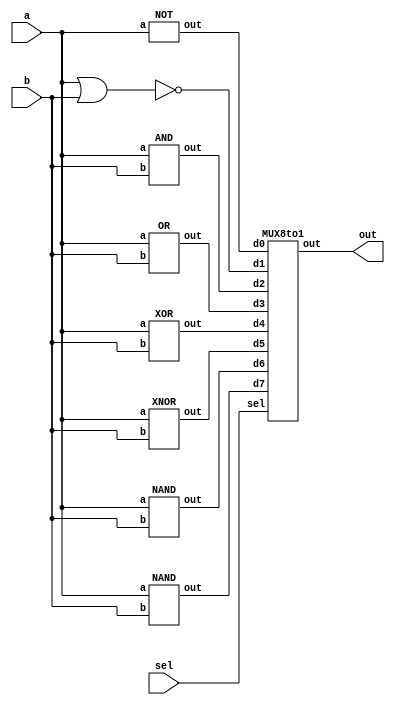
`timescale 1ns/1ps

module NOR_Implement(a, b, sel, out);
input a, b;
input [3-1:0] sel;
output out;
wire [7:0] d;

NOT g0(
    .out (d[0]), 
    .a (a)
    );

nor g1 (d[1], a, b);

AND g2(
    .out (d[2]), 
    .a (a), 
    .b (b)
    );

OR g3(
    .out (d[3]), 
    .a (a), 
    .b (b)
    );
    
XOR g4(
    .out (d[4]), 
    .a (a), 
    .b (b)
    );

XNOR g5(
    .out (d[5]), 
    .a (a), 
    .b (b)
    );

NAND g6(
    .out (d[6]), 
    .a (a), 
    .b (b)
    );

NAND g7(
    .out (d[7]), 
    .a (a), 
    .b (b)
    );
    
MUX8to1 ans(
    .out (out), 
    .d0 (d[0]), 
    .d1 (d[1]), 
    .d2 (d[2]), 
    .d3 (d[3]), 
    .d4 (d[4]), 
    .d5 (d[5]), 
    .d6 (d[6]), 
    .d7 (d[7]), 
    .sel (sel)
    );


endmodule

module NOT(out, a);
input a;
output out;

nor ans (out, a, a);

endmodule

module OR(out, a, b);
input a, b;
output out;
wire w;

nor nor1 (w, a, b);
nor nor2 (out, w, w);

endmodule

module AND(out, a, b);
input a, b;
output out;
wire wa, wb;

nor nor_a (wa, a, a);
nor nor_b (wb, b, b);
nor ans (out, wa, wb);

endmodule

module NAND(out, a, b);
input a, b;
output out;
wire wa, wb, w;

nor nor_a (wa, a, a);
nor nor_b (wb, b, b);
nor nor1 (w, wa, wb);
nor ans (out, w, w);

endmodule

module XNOR(out, a, b);
input a, b;
output out;
wire wa, wb, w1, w2;

nor nor_a (wa, a, a);
nor nor_b (wb, b, b);
nor nor1 (w1, wa, b);
nor nor2 (w2, a, wb);
nor ans (out, w1, w2);

endmodule

module XOR(out, a, b);
input a, b;
output out;
wire wa, wb, w1, w2;

nor nor_a (wa, a, a);
nor nor_b (wb, b, b);
nor nor1 (w1, a, b);
nor nor2 (w2, wa, wb);
nor ans (out, w1, w2);

endmodule

module MUX2to1(out, a, b, sel);
input a, b, sel;
output out;
wire nsel, wa, wb;

not not1 (nsel, sel);
and and_a (wa, a, nsel);
and and_b (wb, b, sel);
or ans (out, wa, wb);

endmodule

module MUX4to1(out, d0, d1, d2, d3, sela, selb);
input d0, d1, d2, d3, sela, selb;
output out;
wire w1, w2;

MUX2to1 mux1(
    .out (w1), 
    .a (d0), 
    .b (d1), 
    .sel (sela)
    );

MUX2to1 mux2(
    .out (w2), 
    .a (d2), 
    .b (d3), 
    .sel (sela)
    );
    
MUX2to1 mux3(
        .out (out), 
        .a (w1), 
        .b (w2), 
        .sel (selb)
        );

endmodule

module MUX8to1(out, d0, d1, d2, d3, d4, d5, d6, d7, sel);
input d0, d1, d2, d3, d4, d5, d6, d7;
input [3-1:0] sel;
output out;
wire w1, w2;

MUX4to1 mux1(
    .out (w1), 
    .d0 (d0), 
    .d1 (d1), 
    .d2 (d2), 
    .d3 (d3), 
    .sela (sel[0]), 
    .selb (sel[1])
    );

MUX4to1 mux2(
    .out (w2), 
    .d0 (d4), 
    .d1 (d5), 
    .d2 (d6), 
    .d3 (d7), 
    .sela (sel[0]), 
    .selb (sel[1])
    );

MUX2to1 mux3(
    .out (out), 
    .a (w1), 
    .b (w2), 
    .sel (sel[2])
    );

endmodule